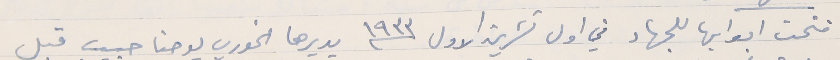
فتحت ابوابها للجهاد في اول تشرين الاول سنة ١٩٣٣ يديرها الخوري يوحنا حبيب قبل